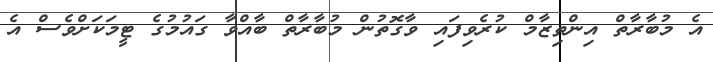
އެ މުބާރާތް އިންތިޒާމް ކުރެވިފައި ވާގޮތުން މުބާރާތް ބާއްވާ ގައުމުގެ ޓީމަކަށްވެސް އެ